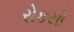
રોકયો